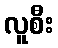
လူစီး